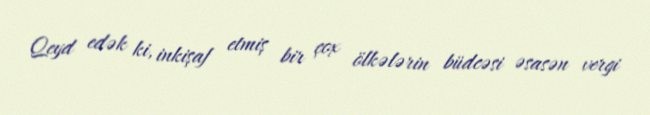
Qeyd edək ki, inkişaf etmiş bir çox ölkələrin büdcəsi əsasən vergi